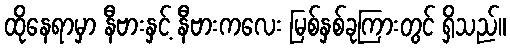
ထိုနေရာမှာ နီဗားနှင့် နီဗားကလေး မြစ်နှစ်ခုကြားတွင် ရှိသည်။